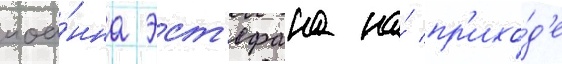
иоа́нна эст'ефана на́ пр'ихо́д'е